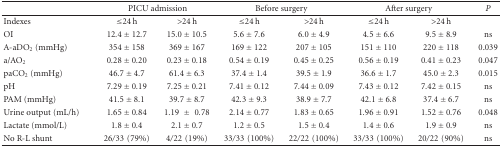
|  | <COLSPAN=2> PICU admission | <COLSPAN=2> Before surgery | <COLSPAN=2> After surgery | P |
 | --- | --- | --- | --- | --- | --- | --- | --- |
 | Indexes | ≤24 h | >24 h | ≤24 h | >24 h | ≤24 h | >24 h |  |
 | OI | 12.4 ± 12.7 | 15.0 ± 10.5 | 5.6 ± 7.6 | 6.0 ± 4.9 | 4.5 ± 6.6 | 9.5 ± 8.9 | ns |
 | A-aDO2 (mmHg) | 354 ± 158 | 369 ± 167 | 169 ± 122 | 207 ± 105 | 151 ± 110 | 220 ± 118 | 0.039 |
 | a/AO2 | 0.28 ± 0.20 | 0.23 ± 0.18 | 0.54 ± 0.19 | 0.45 ± 0.25 | 0.56 ± 0.19 | 0.41 ± 0.23 | 0.047 |
 | paCO2 (mmHg) | 46.7 ± 4.7 | 61.4 ± 6.3 | 37.4 ± 1.4 | 39.5 ± 1.9 | 36.6 ± 1.7 | 45.0 ± 2.3 | 0.015 |
 | pH | 7.29 ± 0.19 | 7.25 ± 0.21 | 7.41 ± 0.12 | 7.44 ± 0.09 | 7.43 ± 0.12 | 7.42 ± 0.15 | ns |
 | PAM (mmHg) | 41.5 ± 8.1 | 39.7 ± 8.7 | 42.3 ± 9.3 | 38.9 ± 7.7 | 42.1 ± 6.8 | 37.4 ± 6.7 | ns |
 | Urine output (mL/h) | 1.65 ± 0.84 | 1.19 ± 0.78 | 2.14 ± 0.77 | 1.83 ± 0.65 | 1.96 ± 0.91 | 1.52 ± 0.76 | 0.048 |
 | Lactate (mmol/L) | 1.8 ± 0.4 | 2.1 ± 0.7 | 1.2 ± 0.5 | 1.5 ± 0.4 | 1.4 ± 0.6 | 1.9 ± 0.9 | ns |
 | No R-L shunt | 26/33(79%) | 4/22(19%) | 33/33(100%) | 22/22(100%) | 33/33(100%) | 20/22(90%) | ns |